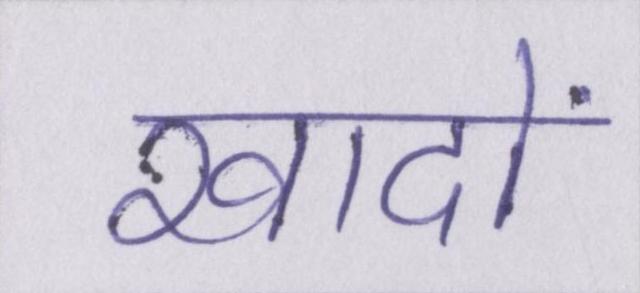
खादों